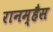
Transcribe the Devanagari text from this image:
रानम्हैस